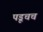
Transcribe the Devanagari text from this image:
पडूचच